Calcutta medical institutions reports 1892-1900
Year: 1892
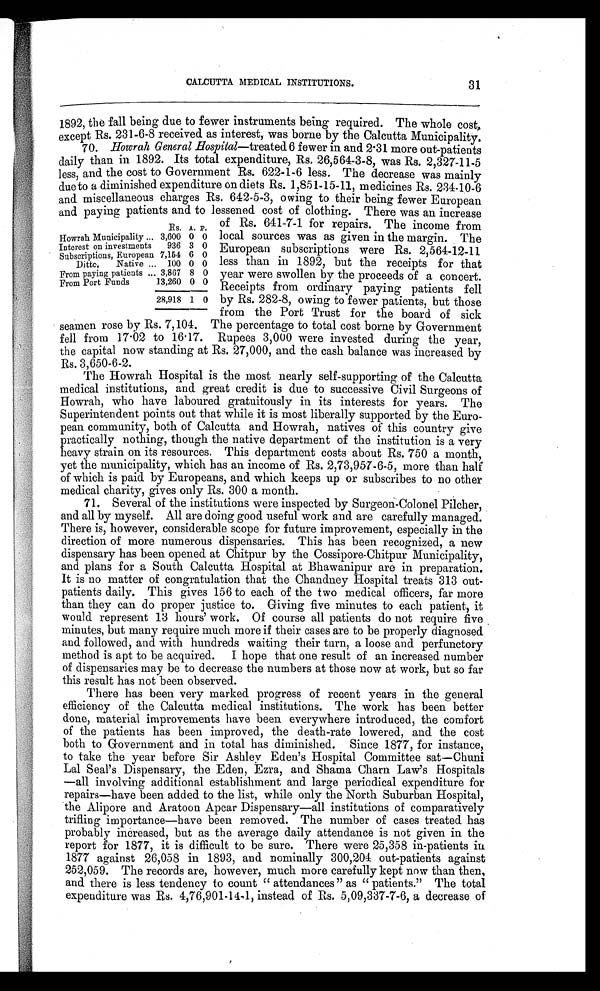
CALCUTTA MEDICAL INSTITUTIONS.
1892, the fall being due to fewer instruments being required. The whole cost,
except Rs. 231-6-8 received as interest, was borne by the Calcutta Municipality.
70. Howrah General H ospital —treated 6 fewer in and 2.31 more out-patients
daily than in 1892. Its total expenditure, Rs. 26,564-3-8, was Rs. 2,327-11-5
less, and the cost to Government Rs. 622-1-6 less. The decrease was mainly
due to a diminished expenditure on diets Rs. 1,851-15-11, medicines Rs. 234-10-6
and miscellaneous charges Rs. 642-5-3, owing to their being fewer European
and paying patients and to lessened cost of clothing. There was a n increase
31
Rs. A. P.
Howrah Municipality ... 3,600 0 0
Interest on investments
936 3 0
Subscriptions, European 7,154 6 0
Ditto, Native ... 100 0 0
From paying patients ... 3,867 8 0
From Port Funds
13,260 0 0
28,918 1 0
of Rs. 641-7-1 for repairs. The income from
local sources was as given in the margin. The
European subscriptions were Rs. 2,564-12-11
less than in 1892, but the receipts for that
year were swollen by the proceeds of a concert.
Receipts from ordinary paying patients fell
by Rs. 282-8, owing to fewer patients, but those
from the Port Trust for the board of sick
seamen rose by Rs. 7,104. The percentage to total cost borne by Government
fell from 17.02 to 16.17. Rupees 3,000 were invested during the year,
the capital now standing at Rs. 27,000, and the cash balance was increased by
Rs. 3,650-6-2.
The Howrah Hospital is the most nearly self-supporting of the Calcutta
medical institutions, and great credit is due to successive Civil Surgeons of
Howrah, who have laboured gratuitously in its interests for years. The
Superintendent points out that while it is most liberally supported by the Euro-
pean community, both of Calcutta and Howrah, natives of this country give
practically nothing, though the native department of the institution is a very
heavy strain on its resources. This department costs about Rs. 750 a month,
yet the municipality, which has an income of Rs. 2,73,957-6-5, more than half
of which is paid by Europeans, and which keeps up or subscribes to no other
medical charity, gives only Rs. 300 a month.
71. Several of the institutions were inspected by Surgeon-Colonel Pilcher,
and all by myself. All are doing good useful work and are carefully managed.
There is, however, considerable scope for future improvement, especially in the
direction of more numerous dispensaries. This has been recognized, a new
dispensary has been opened at Chitpur by the Cossipore-Chitpur Municipality,
and plans for a South Calcutta Hospital at Bhawanipur are in preparation.
It is no matter of congratulation that the Chandney Hospital treats 313 out-
patients daily. This gives 156 to each of the two medical officers, far more
than they can do proper justice to. Giving five minutes to each patient, it
would represent 13 hours' work. Of course all patients do not require five
minutes, but many require much more if their cases are to be properly diagnosed
and followed, and with hundreds waiting their turn, a loose and perfunctory
method is apt to be acquired. I hope that one result of an increased number
of dispensaries may be to decrease the numbers at those now at work, but so far
this result has not been observed.
There has been very marked progress of recent years in the general
efficiency of the Calcutta medical institutions. The work has been better
done, material improvements have been everywhere introduced, the comfort
of the patients has been improved, the death-rate lowered, and the cost
both to Government and in total has diminished. Since 1877, for instance,
to take the year before Sir Ashley Eden's Hospital Committee sat—Chuni
Lal Seal's Dispensary, the Eden, Ezra, and Shama Charn Law's Hospitals
—all involving additional establishment and large periodical expenditure for
repairs—have been added to the list, while only the North Suburban Hospital,
the Alipore and Aratoon Apcar Dispensary—all institutions of comparatively
trifling importance—have been removed. The number of cases treated has
probably increased, but as the average daily attendance is not given in the
report for 1877, it is difficult to be sure. There were 25,358 in-patients in
1877 against 26,058 in 1893, and nominally 300,204 out-patients against
252,059. The records are, however, much more carefully kept now than then,
and there is less tendency to count " attendances " as " patients." The total
expenditure was Rs. 4,76,901-14-1, instead of Rs. 5,09,337-7-6, a decrease of